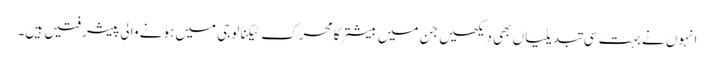
انہوں نے بہت سی تبدیلیاں بھی دیکھیں جن میں بیشتر کا محرک ٹیکنالوجی میں ہونے والی پیشرفتیں ہیں۔